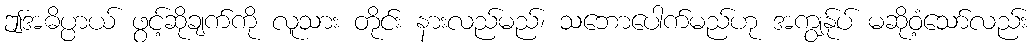
ဤအဓိပ္ပာယ် ဖွင့်ဆိုချက်ကို လူသား တိုင်း နားလည်မည်၊ သဘောပေါက်မည်ဟု အကျွန်ုပ် မဆိုဝံ့သော်လည်း